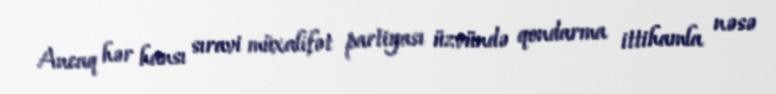
Ancaq hər hansı sıravi müxalifət partiyası üzvündə qondarma ittihamla nəsə